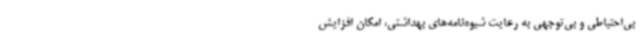
بی‌احتیاطی و بی‌توجهی به رعایت شیوه‌نامه‌های بهداشتی، امکان افزایش